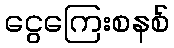
ငွေကြေးစနစ်